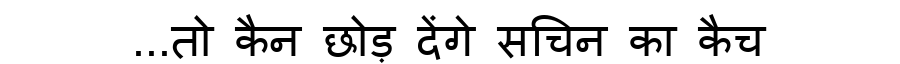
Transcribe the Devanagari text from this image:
...तो कैन छोड़ देंगे सचिन का कैच